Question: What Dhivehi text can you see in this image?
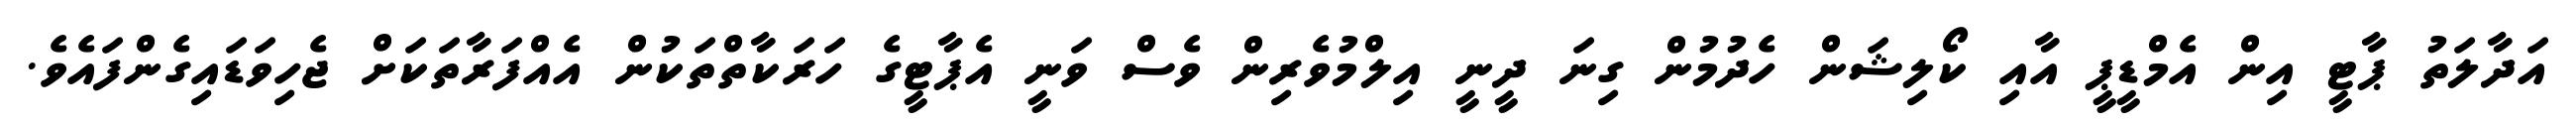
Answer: އަދާލަތު ޕާޓީ އިން އެމްޑީޕީ އާއި ކޯލިޝަން ހެދުމުން ގިނަ ދީނީ އިލްމުވެރިން ވެސް ވަނީ އެޕާޓީގެ ހަރަކާތްތަކުން އެއްފަރާތަކަށް ޖެހިވަޑައިގެންފައެވެ.